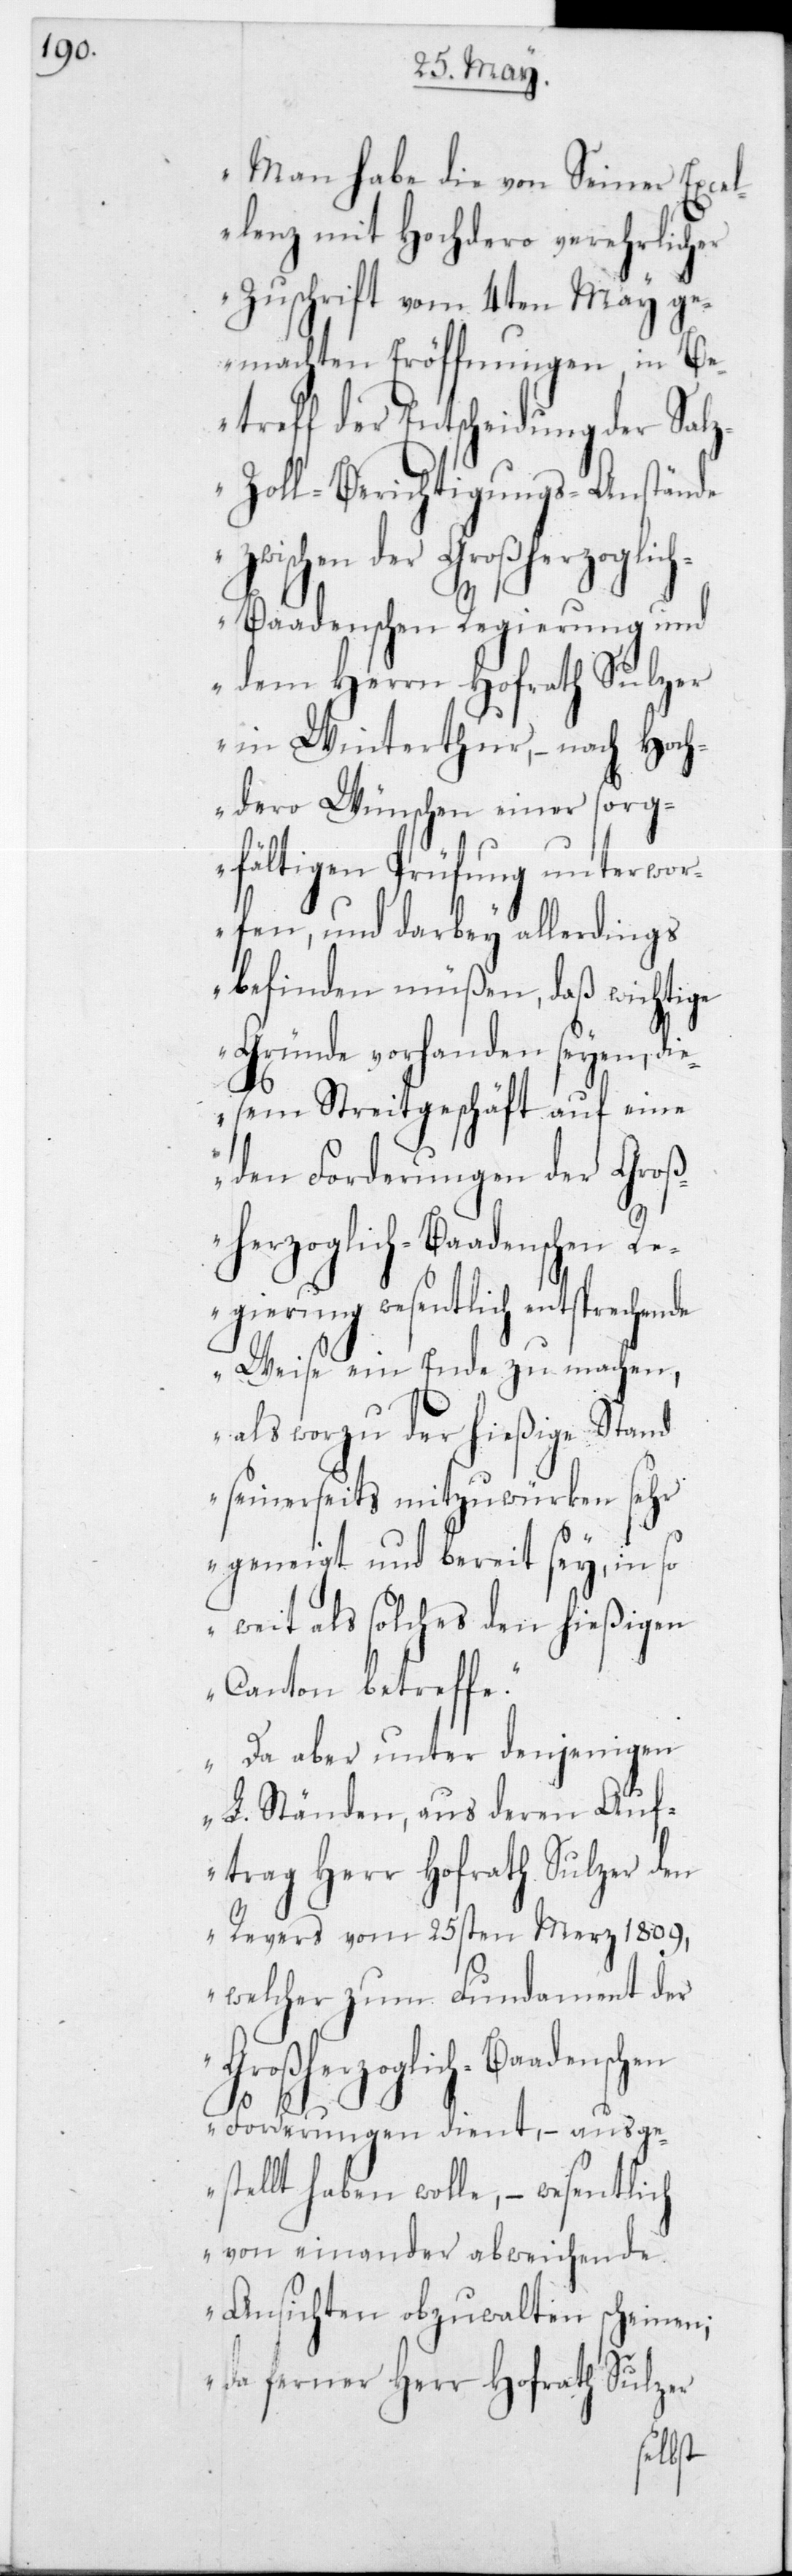
„Man habe die von Seiner Excel¬
lenz mit Hochdero verehrlicher
Zuschrift vom 4ten May g¬
emachten Eröffnungen, in Be¬
treff der Entscheidung der Sal¬
z-Zoll-Berichtigungs-Anstände
zwischen der Großherzoglic¬
hen
h-Baadenschen Regierung und
dem Herrn Hofrath Sulzer
in Winterthur, – nach hoch¬
dero Wünschen einer sorg¬
fältigen Prüfung unterwor¬
fen, und darbey allerdings
befinden müßen, daß wichtige
Gründe vorhanden seyen, di¬
esem Streitgeschäft auf eine
den Forderungen der Groß¬
herzoglich-Baadenschen R¬
egierung wesentlich entsprechende
Weise ein Ende zu machen,
als worzu der hießige Stand
seinerseits mitzuwürken sehr
geneigt und bereit sey, in so
weit als solches den hießigen
Canton betreffe.
Da aber unter denjenigen
L. Ständen, aus deren Auf¬
trag Herr Hofrath Sulzer den
Revers vom 25sten Merz 1809,
welcher zum Fundament der
Großherzoglich-Baadensc¬
Forderungen dient, – ausge¬
stellt haben wolle, – wesentlich
von einander abweisende
Ansichten obzuwalten scheinen;
da ferner Herr Hofrath Sulzer